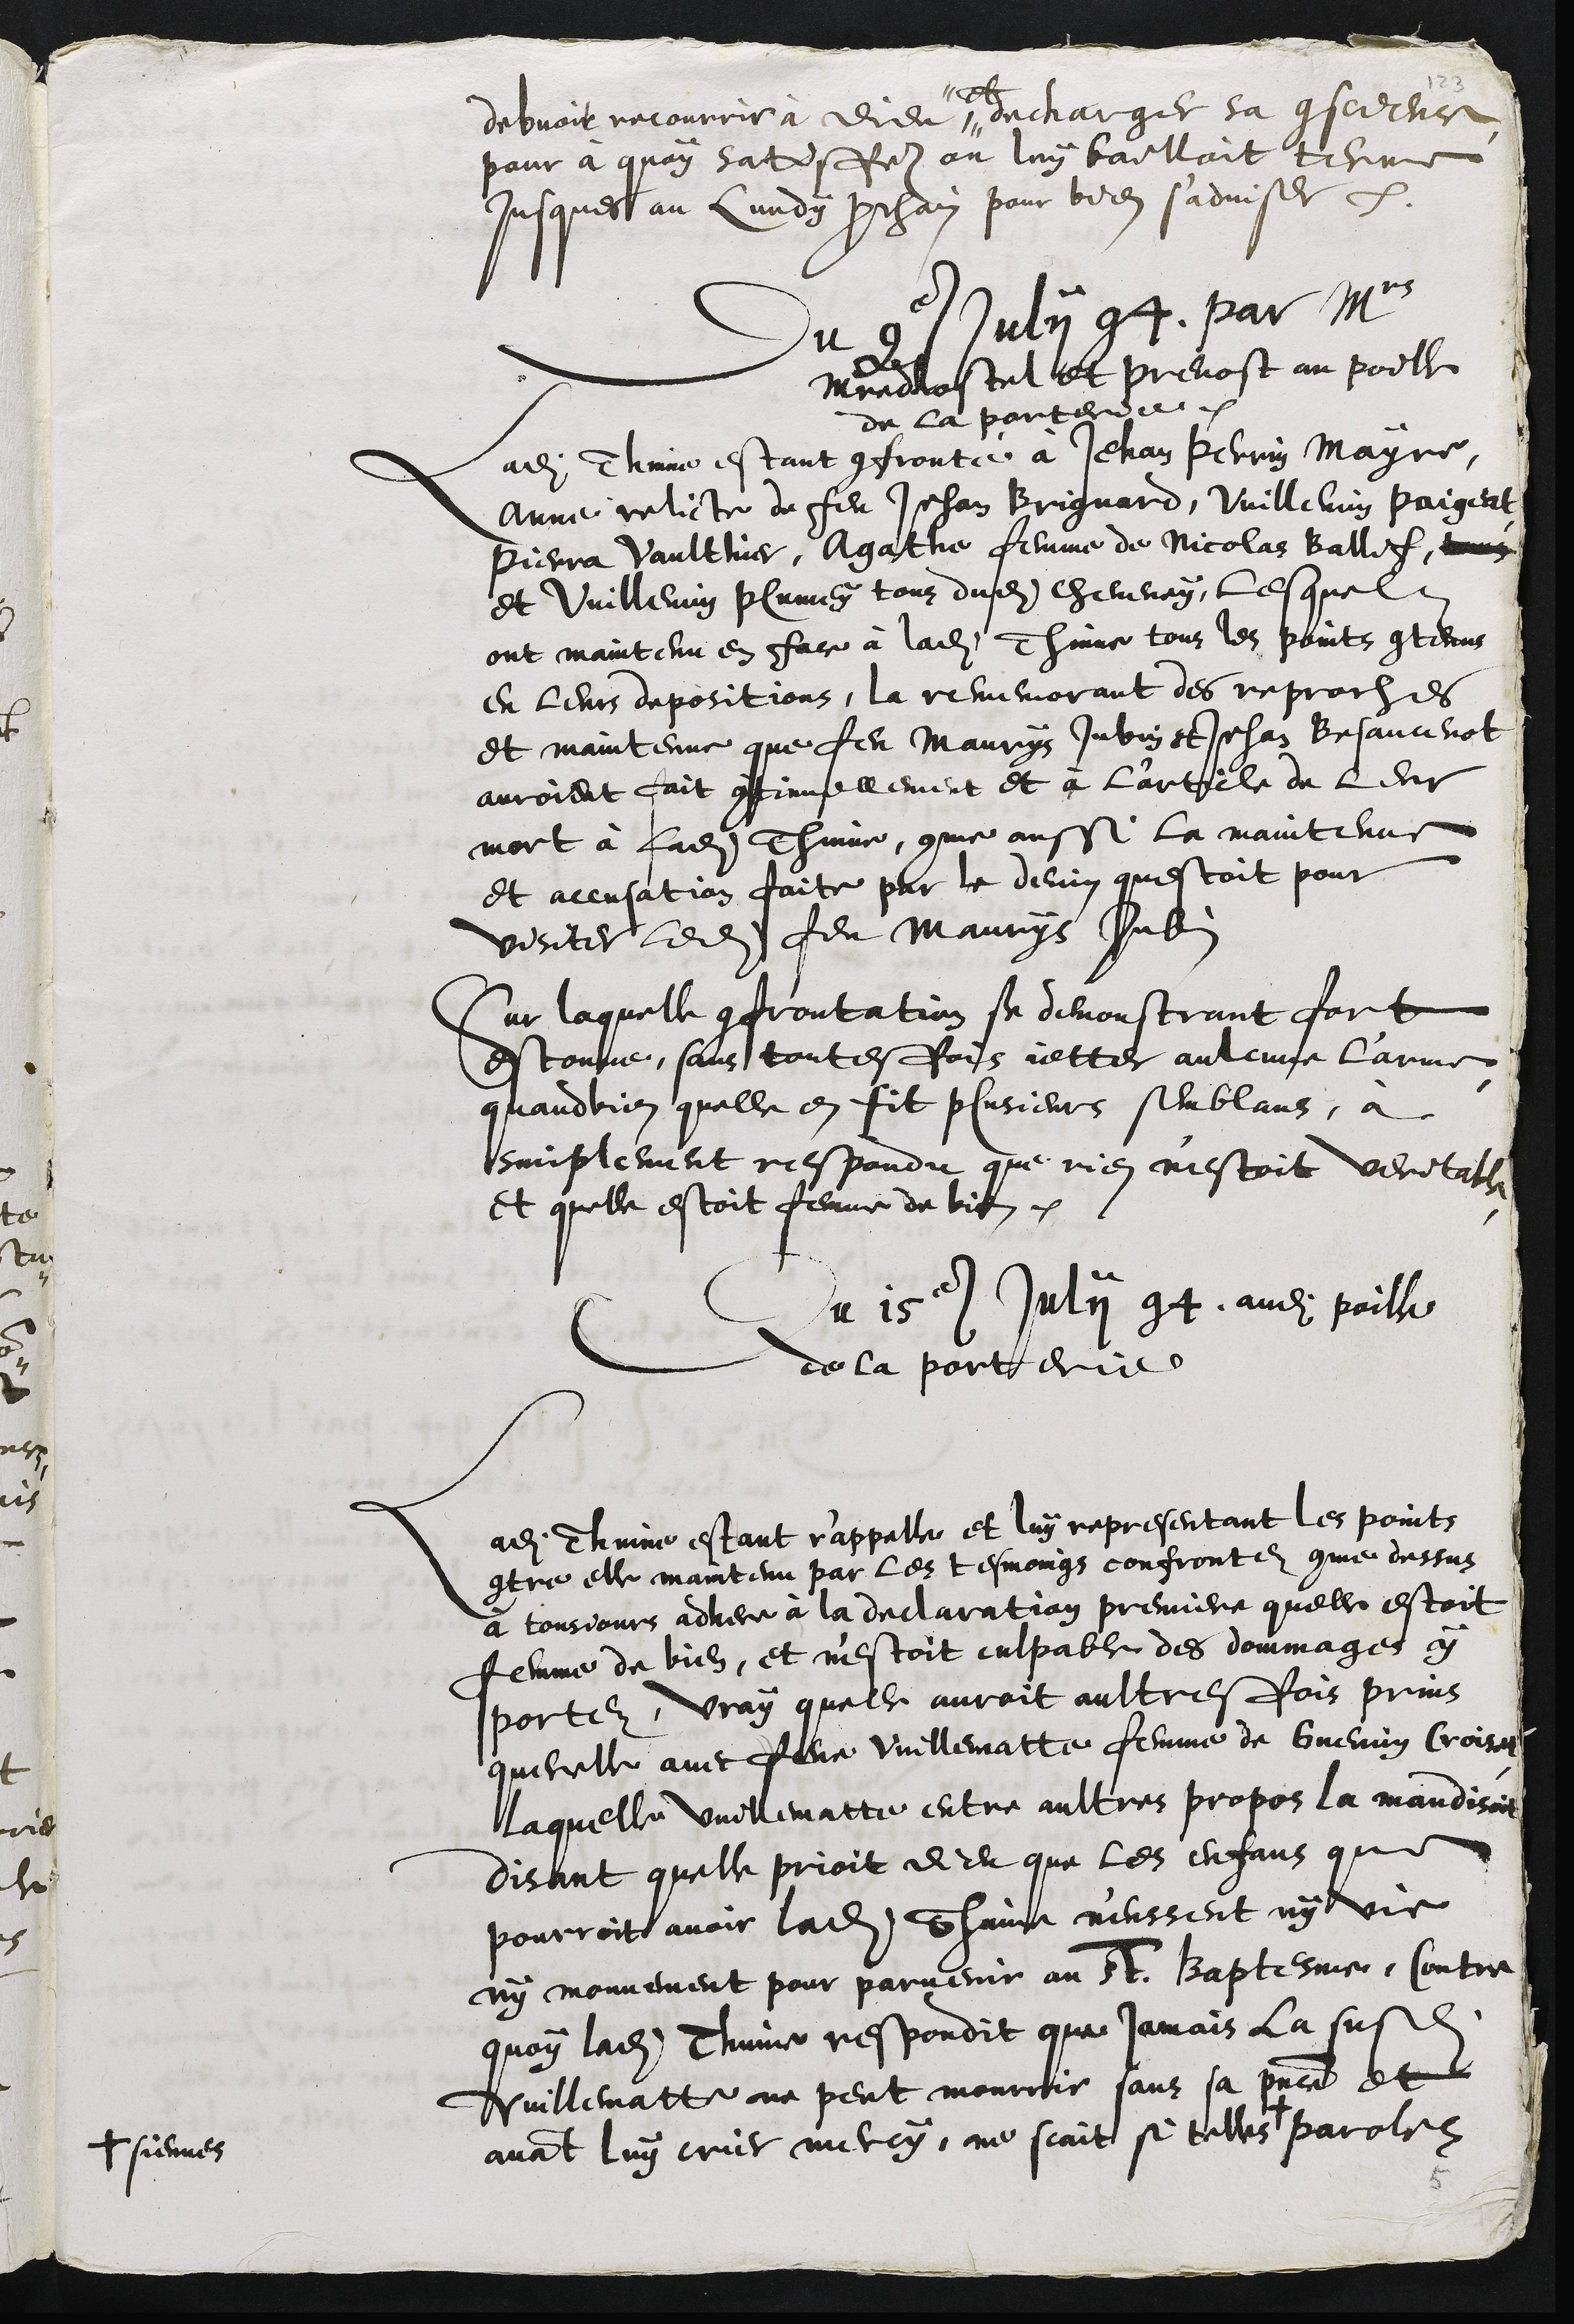
debvoit recourrir à Dieu, #
# et
decharger sa conscience
pour à quoy satisfere on luy bailloit terme
jusques au Lundy prochain pour bien s'adviser
Du 9e Julii 94. par Mrs
Maistre dhostel et prevost au poille
de la porterie.
Ladite Thinne estant confronté à Jehan Perrin Mayre,
Anne relicte de feu Jehan Brignard, Vuillemin Paigeat
Pierra Vaulthier, Agathe femme de Nicolas Ballif
et Vuillemin Plumey tous dudit cheveney, lesquels
ont maintenu en face à ladite Thinne tous les points contenus
en leurs depositions, la rememorant des reproches
et maintenue que feu Maurys Jubin et Jehan Besancenot
auroient fait continuellement et à l'article de leur
mort à ladite Thinne, comme aussi la maintenue
et accusation faite par le devin questoit pour
visiter ledit feu Maurys Jubin
Sur laquelle confrontation se demonstrant fort
estonne, sans toutesfois jetter aulcune l'arme
quand bien quelle en fit plusieurs semblans, à
simplement respondu que rien n'estoit veritable
et quelle estoit femme de bien.
Du 15e Julii 94, audit poille
de la porterie
Ladite Thinne estant r'appelle et luy representant les points
contre elle maintenu par les tesmoings confrontez comme dessus
à tousjours adhere à la declaration premiere quelle estoit
femme de bien, et n'estoit culpable des dommages cy
portez, vray quelle auroit aultresfois prins
querelle avec feue Vuillematte femme de Guenin Croisat
laquelle Vuillematte entre aultres propos la maudisoit
disant quelle prioit dieu que les enfans que
pourroit avoir ladite Thinne n'eussent ny vie
ny mouvement pour parvenir au St Baptesme, Contre
quoy ladite Thinne respondit que jamais la susdite
Vuillematte ne peut mourrir sans sa presence et
avant luy crier mercy, ne scait si telles +
+ siennes
parolles
5